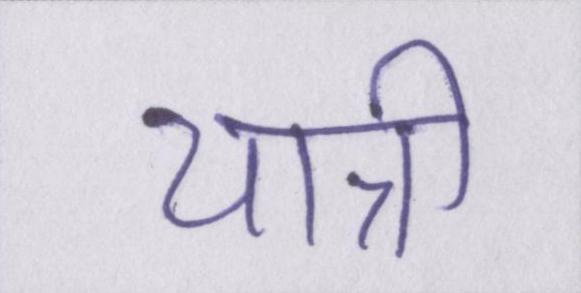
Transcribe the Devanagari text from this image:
यात्री